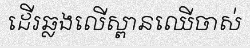
ដើរឆ្លងលើស្ពានឈើចាស់